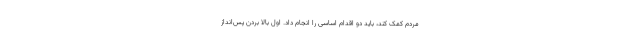
مردم کمک کند، باید دو اقدام اساسی را انجام داد. اول بالا بردن پس‌انداز